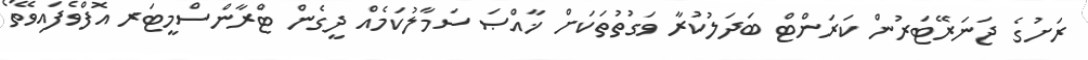
ރަށުގެ ޖަނަރޭޓަރުން ކަރަންޓް ބަދަލުކުރާ ވަގުތުތަކަށް ޚާއްޞަ ސަމާލުކަމެއް ދީގެން ޓްރާންސްމީޓަރ އޮފްވެފައިވޭތޯ